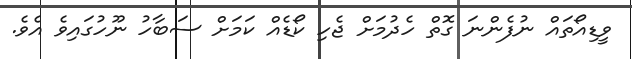
ވީޑިއޯތައް ނުފެންނަ ގޮތް ހެދުމަށް ޖެހި ކޯޑެއް ކަމަށް ސަބާހު ނޫހުގައިވެ އެވެ.